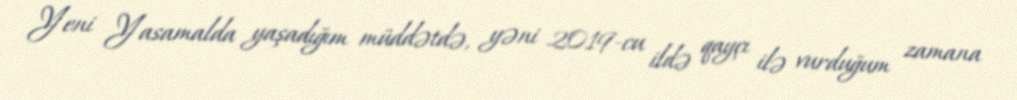
Yeni Yasamalda yaşadığım müddətdə, yəni 2019-cu ildə qayçı ilə vurduğum zamana